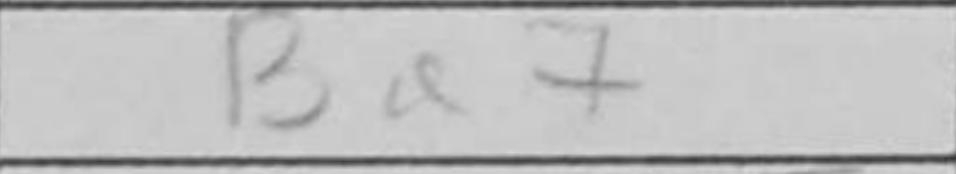
Transcription: Ba7